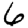
Digit: 6